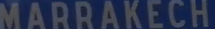
MARRAKECH